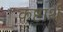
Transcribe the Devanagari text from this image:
कष्टार्थ